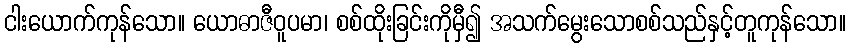
ငါးယောက်ကုန်သော။ ယောဓာဇီဝူပမာ၊ စစ်ထိုးခြင်းကိုမှီ၍ အသက်မွေးသောစစ်သည်နှင့်တူကုန်သော။